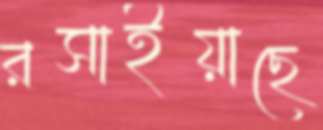
রসাইয়াছে